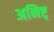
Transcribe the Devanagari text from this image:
अनिष्ट्